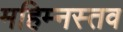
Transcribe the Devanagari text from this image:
महिम्नस्तव